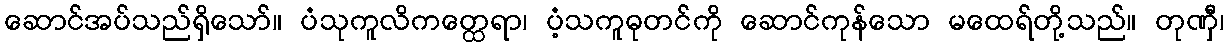
ဆောင်အပ်သည်ရှိသော်။ ပံသုကူလိကတ္ထေရာ၊ ပံ့သကူဓုတင်ကို ဆောင်ကုန်သော မထေရ်တို့သည်။ တုဏှီ၊